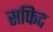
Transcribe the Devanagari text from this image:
सफिद